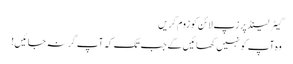
گیٹر لینڈ پر زپ لائن کو زوم کریں
وہ آپ کو نہیں کھائیں گے جب تک کہ آپ گر نہ جائیں!